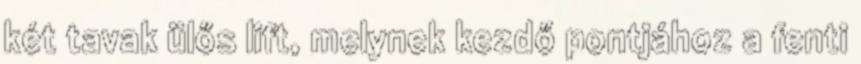
két tavak ülős lift, melynek kezdő pontjához a fenti